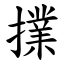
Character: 擈